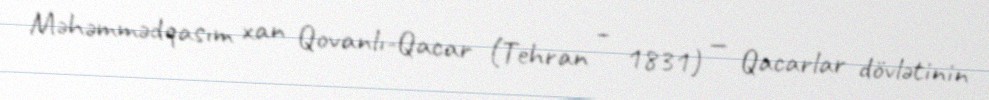
Məhəmmədqasım xan Qovanlı-Qacar (Tehran – 1831) — Qacarlar dövlətinin